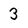
Character: 3